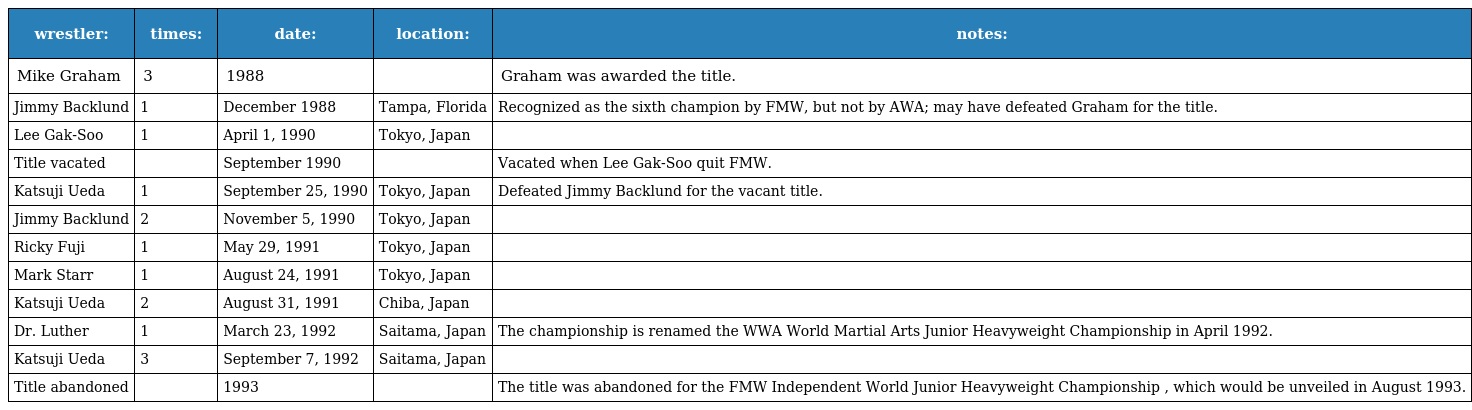
| wrestler: | times: | date: | location: | notes: |
 | --- | --- | --- | --- | --- |
 | Mike Graham | 3 | 1988 |  | Graham was awarded the title. |
 | Jimmy Backlund | 1 | December 1988 | Tampa, Florida | Recognized as the sixth champion by FMW, but not by AWA; may have defeated Graham for the title. |
 | Lee Gak-Soo | 1 | April 1, 1990 | Tokyo, Japan |  |
 | Title vacated |  | September 1990 |  | Vacated when Lee Gak-Soo quit FMW. |
 | Katsuji Ueda | 1 | September 25, 1990 | Tokyo, Japan | Defeated Jimmy Backlund for the vacant title. |
 | Jimmy Backlund | 2 | November 5, 1990 | Tokyo, Japan |  |
 | Ricky Fuji | 1 | May 29, 1991 | Tokyo, Japan |  |
 | Mark Starr | 1 | August 24, 1991 | Tokyo, Japan |  |
 | Katsuji Ueda | 2 | August 31, 1991 | Chiba, Japan |  |
 | Dr. Luther | 1 | March 23, 1992 | Saitama, Japan | The championship is renamed the WWA World Martial Arts Junior Heavyweight Championship in April 1992. |
 | Katsuji Ueda | 3 | September 7, 1992 | Saitama, Japan |  |
 | Title abandoned |  | 1993 |  | The title was abandoned for the FMW Independent World Junior Heavyweight Championship , which would be unveiled in August 1993. |